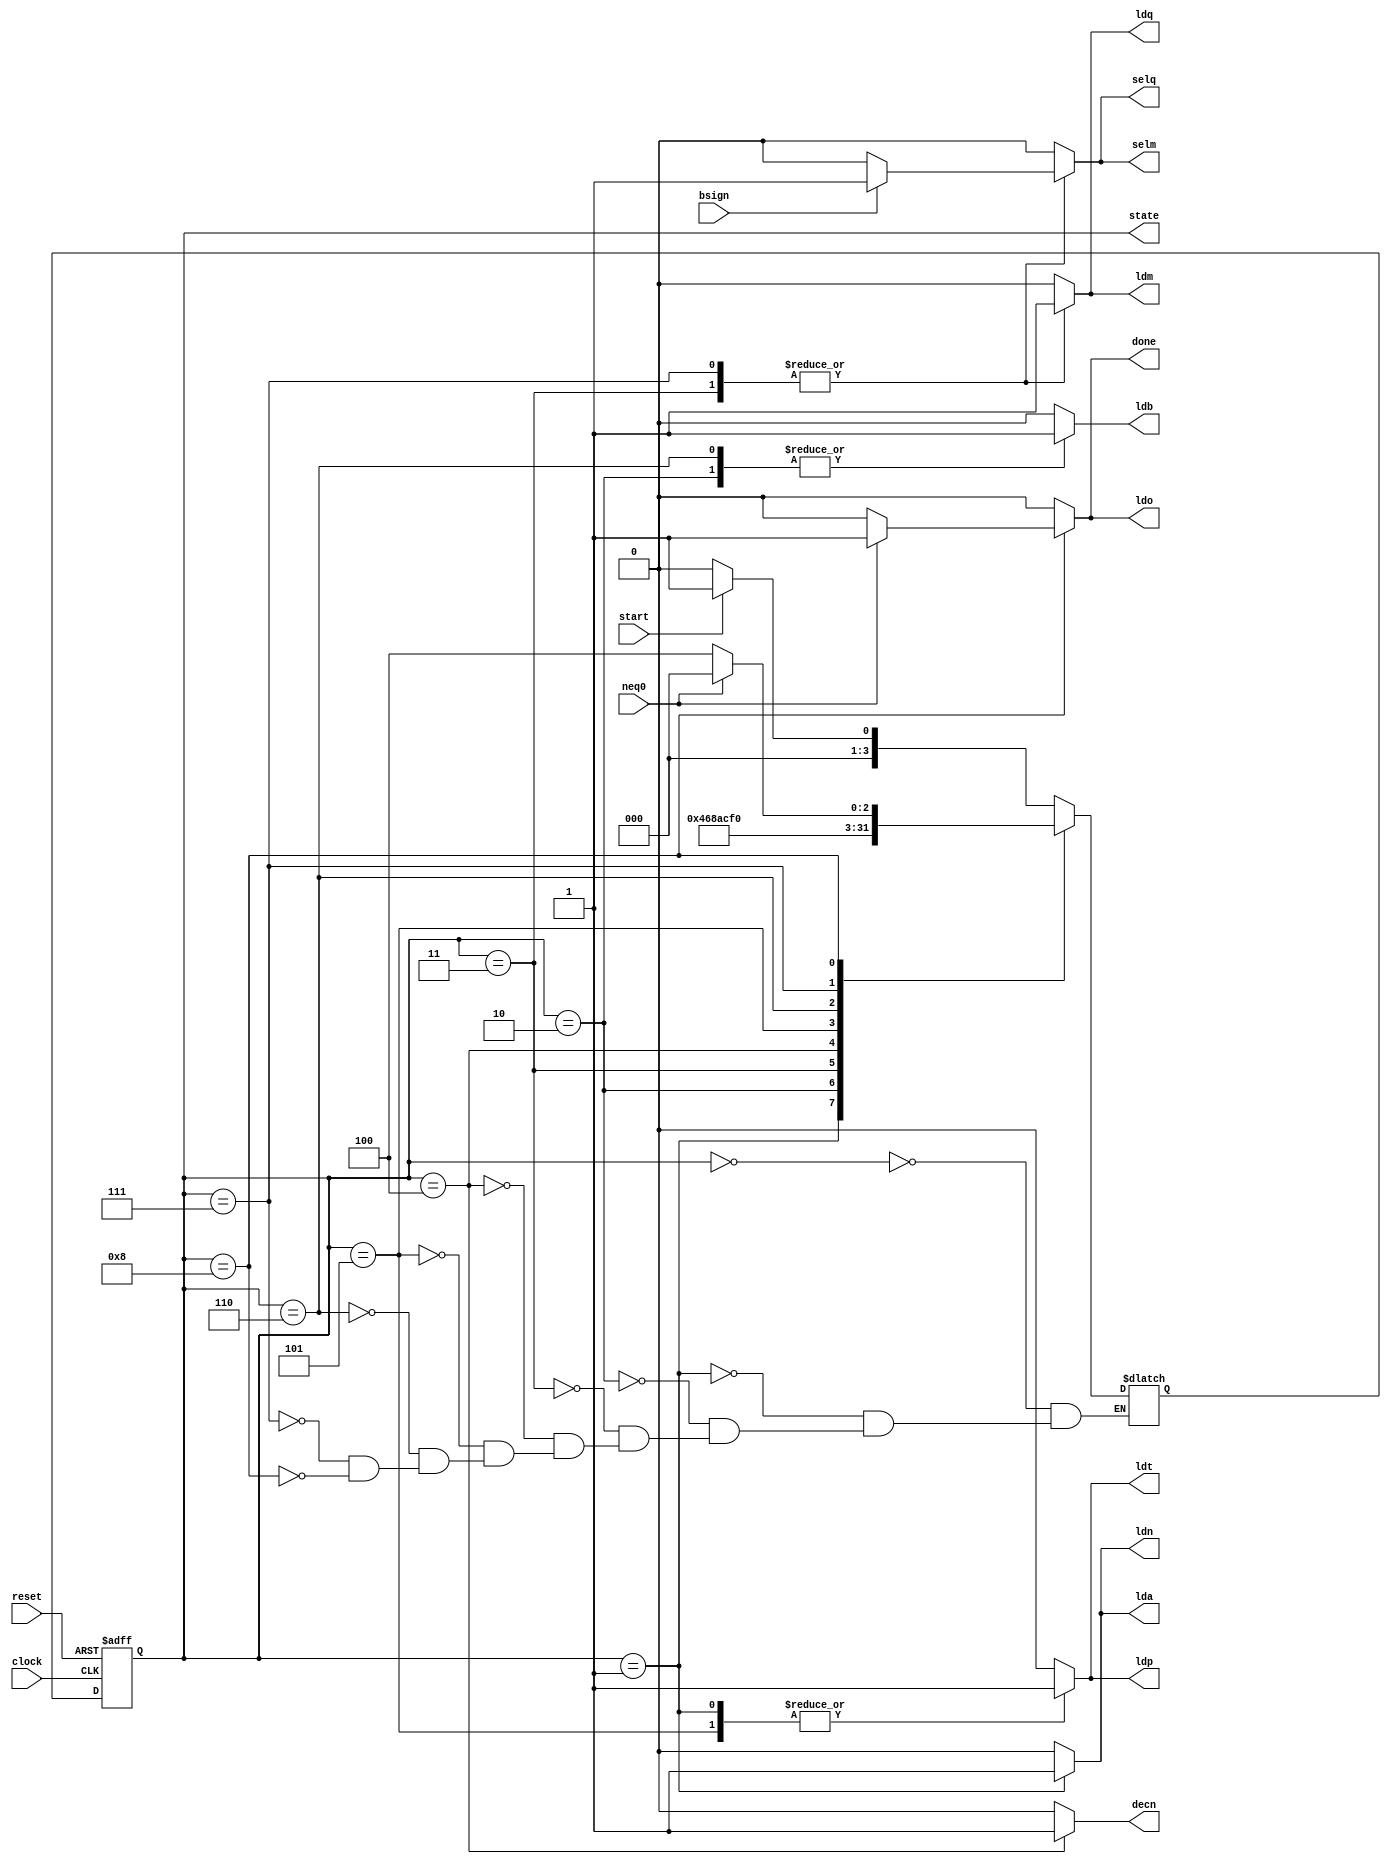
module rs_cu_v1(
						input 		clock,reset, 		//global pins
						input 		start,		 		//from master
						output reg 	done,					//to master
						input 		bsign,neq0,			//from DU
						output reg 	ldn,lda,ldt,ldp,
										ldb,ldq,selq,ldm,
										selm,decn,ldo,		//to DU
						output[3:0] state					//for tracing
);

reg [3:0] ps,ns;
parameter [3:0] 	s0=0,s1=1,s2=2,s3=3,s4=4,
						s5=5,s6=6,s7=7,s8=8;
assign state=ps;

//NSL
always@(*)
	case(ps)
		s0	:	if(start) 
				ns<=s1;
				else 
				ns<=s0;
		s1	:	ns<=s2;
		s2	:	ns<=s3;
		s3	:	ns<=s4;	//bsign decision only affects OPL
		s4	:	ns<=s5;
		s5	:	ns<=s6;
		s6	:	ns<=s7;	//bsign decision only affects OPL
		s7	:	ns<=s8;
		s8	:	if(neq0) 
				ns<=s0;
				else 
				ns<=s4;
	endcase

//SR
always@(posedge clock,posedge reset)
if(reset) ps<=s0;else ps<=ns;

//OPL
always@(*)
	begin
		{ldn,decn,lda,ldt,ldp,ldb,ldq,selq,ldm,selm,ldo}=0;
		done=0;
		case(ps)
			//s0	:no output//////////////////////////
			s1	:	begin ldn=1;lda=1;ldt=1;ldp=1;	end
			s2	:	begin ldb=1;							end
			s3	:	if(bsign)///////////////////////////
					begin ldq=1;selq=1;ldm=1;selm=1;	end
					else////////////////////////////////
					begin ldq=1;selq=0;ldm=1;selm=0;	end
			s4	:	begin decn=1;							end
			s5	:	begin ldt=1;ldp=1;					end
			s6	:	begin ldb=1;							end
			s7	:	if(bsign)///////////////////////////
					begin ldq=1;selq=1;ldm=1;selm=1;	end
					else////////////////////////////////
					begin ldq=1;selq=0;ldm=1;selm=0;	end
			s8	:	if(neq0)////////////////////////////
					begin done=1;ldo=1;					end
					//no else output component//////////
		endcase
	end
endmodule